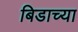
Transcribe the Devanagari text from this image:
बिडाच्या